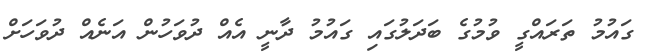
ގައުމު ތަރައްގީ ވުމުގެ ބަދަލުގައި ގައުމު ދާނީ އެއް ދުވަހުން އަނެއް ދުވަހަށް